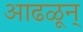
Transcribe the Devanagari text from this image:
आढळून्